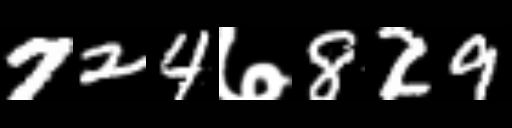
Text: 724७829